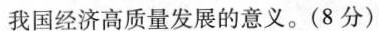
我国经济高质量发展的意义。(8分)